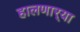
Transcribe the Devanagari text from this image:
हालणार्‍या